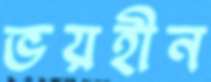
ভয়হীন